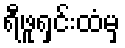
ရီဖူရှင်းထံမှ